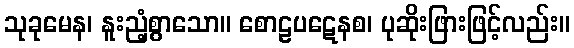
သုခုမေန၊ နူးညံ့စွာသော။ စောဠပဋေနစ၊ ပုဆိုးဖြားဖြင့်လည်း။